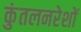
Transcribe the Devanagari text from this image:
कुंतलनरेशों